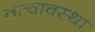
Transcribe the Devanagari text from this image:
तत्वावस्था